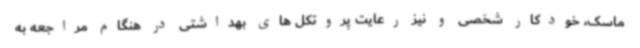
ماسک، خودکار شخصی و نیز رعایت پروتکل های بهداشتی در هنگام مراجعه به